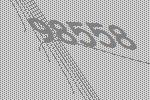
98558